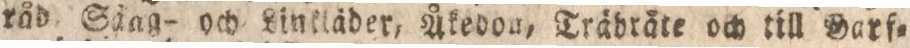
råd. Säag- och Linkläder, Åkedon, Träbräte och till Garf=